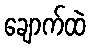
ချောက်ထဲ